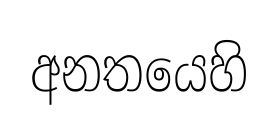
අනතයෙහි